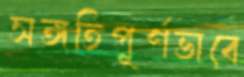
সঙ্গতিপূর্ণভাবে